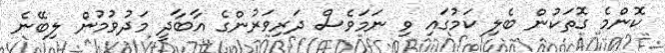
ކޮންމެ ގޮތަކުން ބެލި ކަމުގައި ވި ނަމަވެސް ދަރިވަރުންގެ އާބާދީ މަދުވުމުން ލިބޭނެ